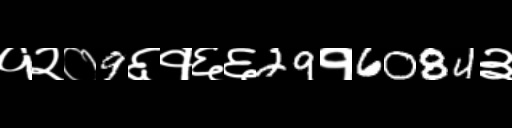
Text: १२०9६१६६29१6084३